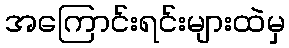
အကြောင်းရင်းများထဲမှ